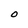
Character: O